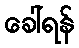
ခေါ်ရန်